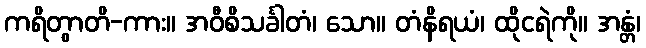
ကရိတွာတိ-ကား။ အဝီစိသင်္ခါတံ၊ သော။ တံနိရယံ၊ ထိုငရဲကို။ အန္တံ၊